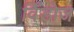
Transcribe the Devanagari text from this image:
विँडोज